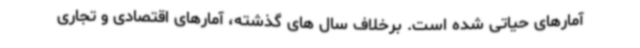
آمارهای حیاتی شده است. برخلاف سال های گذشته، آمارهای اقتصادی و تجاری